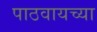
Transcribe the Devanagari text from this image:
पाठवायच्या